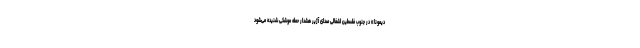
دیمونا» در جنوب فلسطین اشغالی صدای آژیر هشدار حمله موشکی شنیده می‌شود